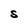
Character: S